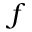
f